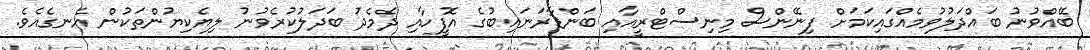
ބޭއްވުނު ބައްދަލުވުމެއްގައިކަމަށް ފިނޭންސް މިނިސްޓްރީއާއި ބަންޑާރަނައިބުގެ އޮފީހާއި ދެމެދު ބަދަލުކުރެވުނު ލިޔެކިޔުންތަކުން އެނގެއެވެ.